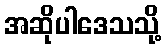
အဆိုပါဒေသသို့